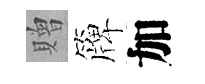
贈簰加